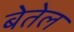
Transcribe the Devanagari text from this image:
बेतेल